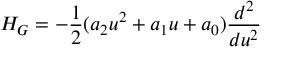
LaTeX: H _ { G } = - \frac { 1 } { 2 } ( a _ { 2 } u ^ { 2 } + a _ { 1 } u + a _ { 0 } ) \frac { d ^ { 2 } } { d u ^ { 2 } }